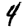
Digit: 4